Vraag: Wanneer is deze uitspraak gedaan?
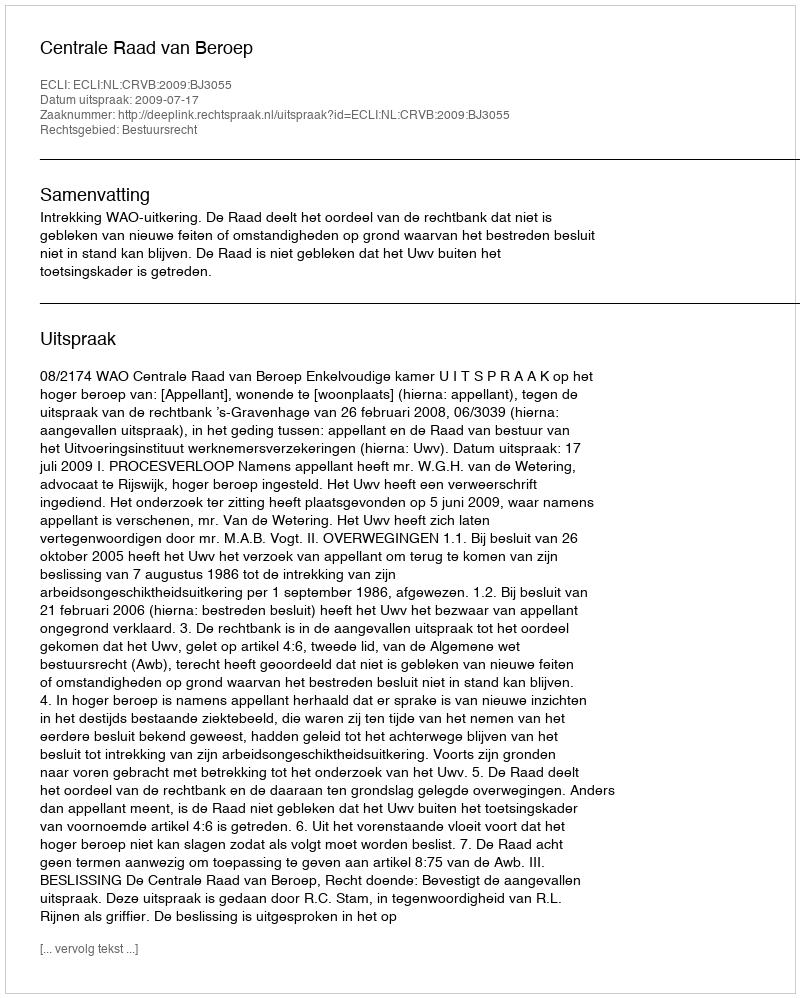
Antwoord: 2009-07-17